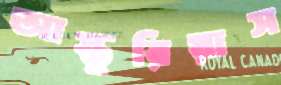
আস্তুরিয়াস